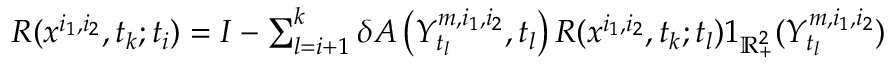
\begin{array} { r } { R ( x ^ { i _ { 1 } , i _ { 2 } } , t _ { k } ; t _ { i } ) = I - \sum _ { l = i + 1 } ^ { k } \delta A \left( Y _ { t _ { l } } ^ { m , i _ { 1 } , i _ { 2 } } , t _ { l } \right) R ( x ^ { i _ { 1 } , i _ { 2 } } , t _ { k } ; t _ { l } ) 1 _ { \mathbb { R } _ { + } ^ { 2 } } ( Y _ { t _ { l } } ^ { m , i _ { 1 } , i _ { 2 } } ) } \end{array}